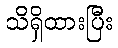
သိရှိထားပြီး